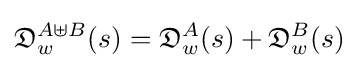
{\mathfrak {D}}_{w}^{A\uplus B}(s)={\mathfrak {D}}_{w}^{A}(s)+{\mathfrak {D}}_{w}^{B}(s)